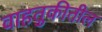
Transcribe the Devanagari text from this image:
वाहतुकीतील